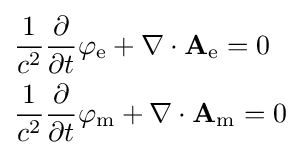
{\begin{aligned}&{\frac {1}{c^{2}}}{\frac {\partial }{\partial t}}\varphi _{\mathrm {e} }+\nabla \cdot \mathbf {A} _{\mathrm {e} }=0\\&{\frac {1}{c^{2}}}{\frac {\partial }{\partial t}}\varphi _{\mathrm {m} }+\nabla \cdot \mathbf {A} _{\mathrm {m} }=0\\\end{aligned}}